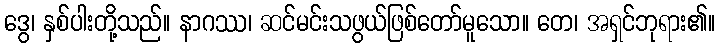
ဒွေ၊ နှစ်ပါးတို့သည်။ နာဂဿ၊ ဆင်မင်းသဖွယ်ဖြစ်တော်မူသော။ တေ၊ အရှင်ဘုရား၏။